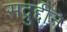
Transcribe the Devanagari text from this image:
सद्रुद्दीन